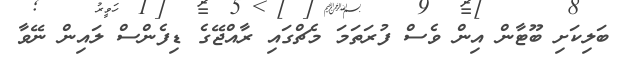
ބަލިކަށި ބޫޓާން އިން ވެސް ފުރަތަމަ މެޗްގައި ރާއްޖޭގެ ޑިފެންސް ލައިން ނޭވާ